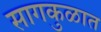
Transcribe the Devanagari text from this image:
सागकुळात